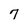
Character: 7